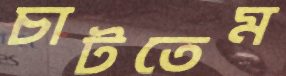
চাটতেম